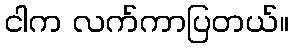
ငါက လက်ကာပြတယ်။